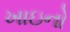
ખાઇનો